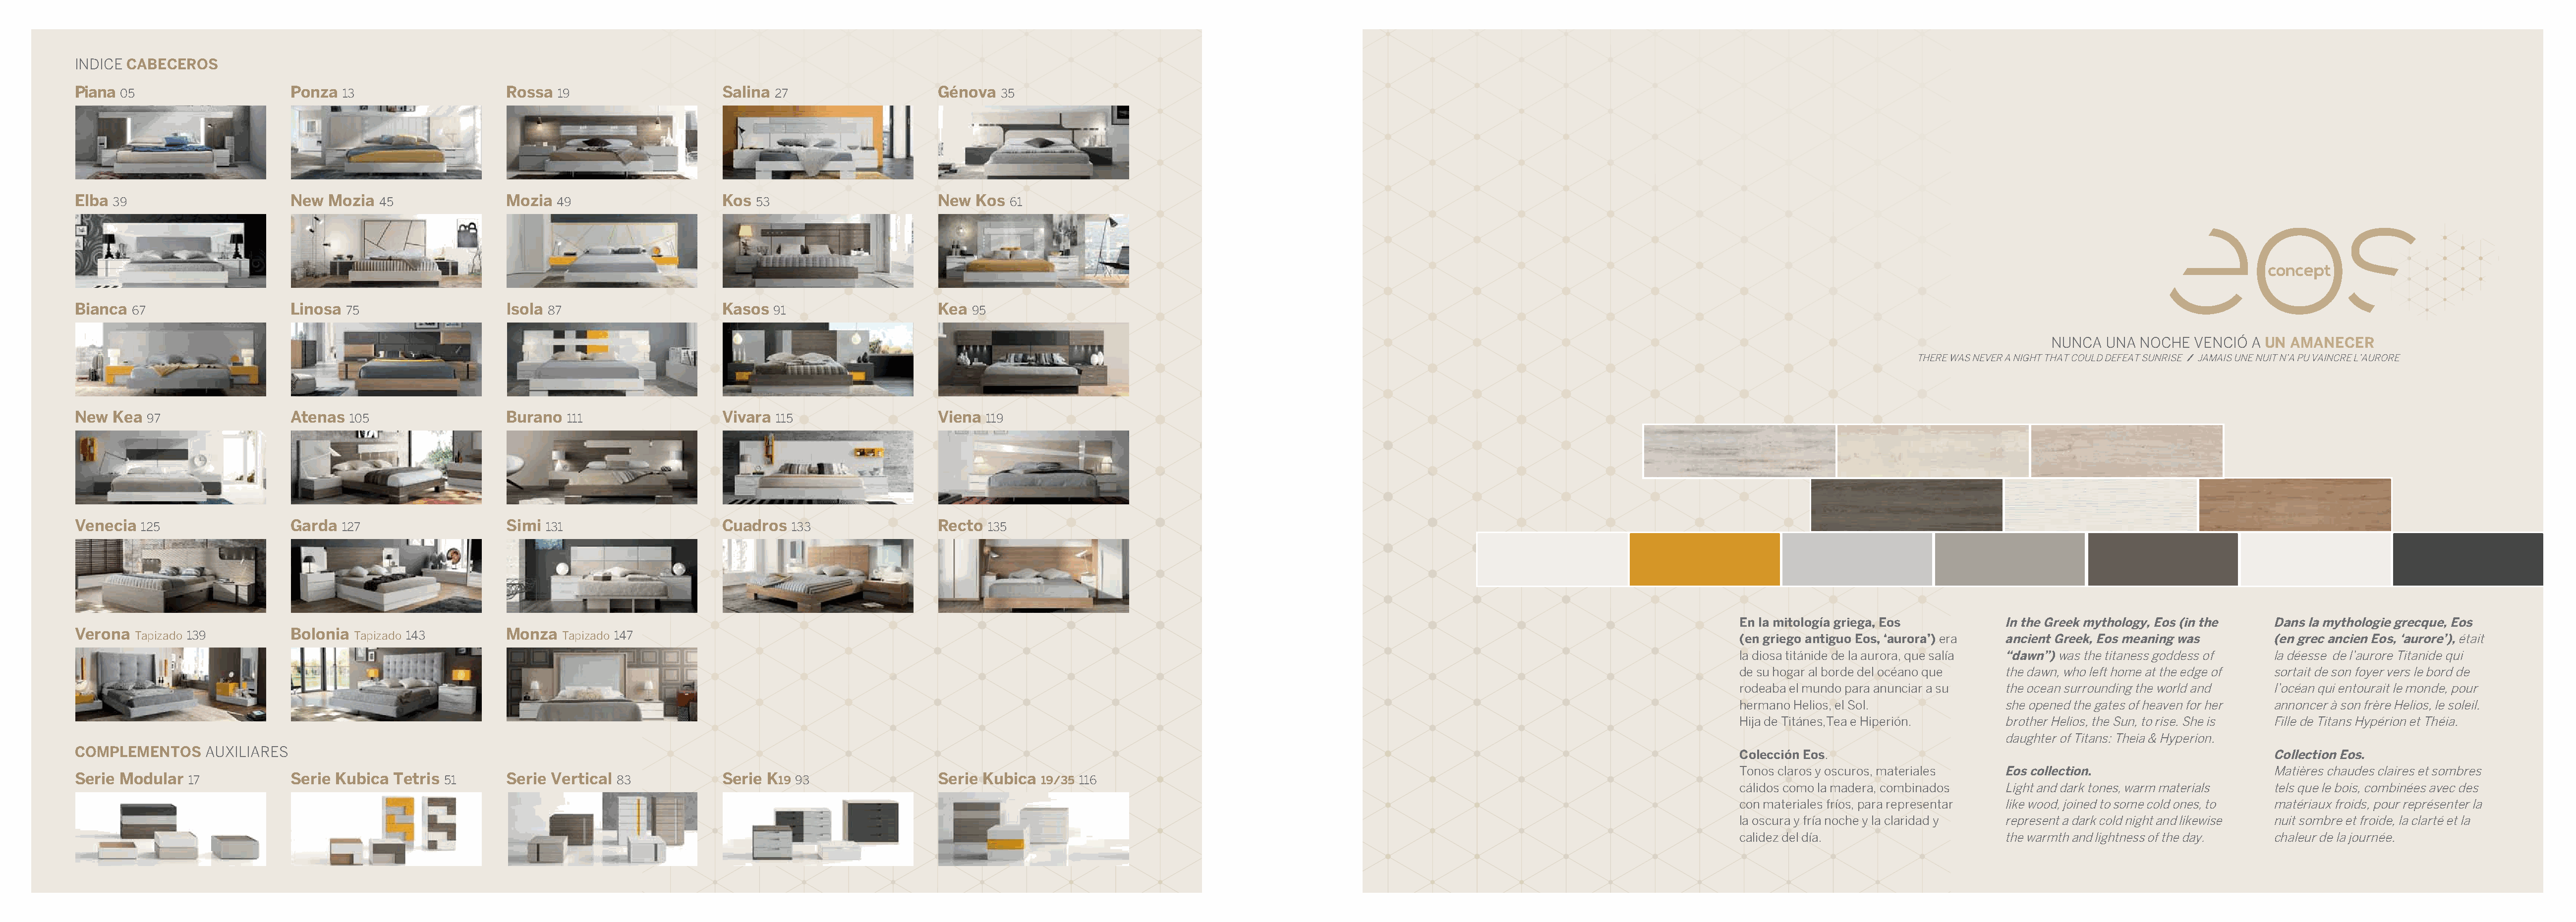
INDICE CABECEROS
 Piana                        Ponza                        Rossa                       Salina                       Génova
 05                            13                          19                           27                             35
 Elba                         New  Mozia                   Mozia                       Kos                          New  Kos
 39                                  45                     49                         53                                61
 concept
 Bianca                       Linosa                       Isola                       Kasos                        Kea
 67                          75                         87                            91                         95
 NUNCA  UNA  NOCHE  VENCIÓ  A UN AMANECER
 THERE WAS NEVER A NIGHT THAT COULD DEFEAT SUNRISE / JAMAIS UNE NUIT N’A PU VAINCRE L’AURORE
 New  Kea                     Atenas                       Burano                      Vivara                       Viena
 97                         105                          111                         115                         119
 Venecia                      Garda                        Simi                        Cuadros                      Recto
 125                        127                        131                              133                       135
 En la mitología griega, Eos         In the Greek mythology, Eos (in the Dans la mythologie grecque, Eos
 Verona                       Bolonia                      Monza
 Tapizado 139                 Tapizado 143                Tapizado 147                                                                                                                                                 (en griego antiguo Eos, ‘aurora’) era ancient Greek, Eos meaning was    (en grec ancien Eos, ‘aurore’), était
 la diosa titánide de la aurora, que salía “dawn”) was the titaness goddess of la déesse de l’aurore Titanide qui
 de su hogar al borde del océano que the dawn, who left home at the edge of sortait de son foyer vers le bord de
 rodeaba el mundo para anunciar a su the ocean surrounding the world and l’océan qui entourait le monde, pour
 hermano Helios, el Sol.             she opened the gates of heaven for her annoncer à son frère Helios, le soleil.
 Hija de Titánes,Tea e Hiperión.     brother Helios, the Sun, to rise. She is Fille de Titans Hypérion et Théia.
 daughter of Titans: Theia & Hyperion.
 COMPLEMENTOS     AUXILIARES
 Colección Eos.                                                          Collection Eos.
 Tonos claros y oscuros, materiales  Eos collection.                     Matières chaudes claires et sombres
 Serie Modular                Serie Kubica  Tetris         Serie Vertical              Serie K                      Serie Kubica
 17                                51                     83                    19 93                              19/35 116
 cálidos como la madera, combinados  Light and dark tones, warm materials tels que le bois, combinées avec des
 con materiales fríos, para representar like wood, joined to some cold ones, to matériaux froids, pour représenter la
 la oscura y fría noche y la claridad y represent a dark cold night and likewise nuit sombre et froide, la clarté et la
 calidez del día.                    the warmth and lightness of the day. chaleur de la journée.